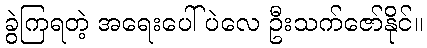
ခွဲကြရတဲ့ အရေးပေါ်ပဲလေ ဦးသက်ဇော်နိုင်။